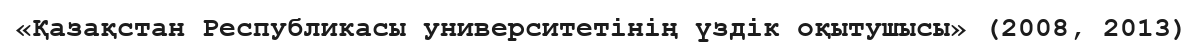
«Қазақстан Республикасы университетінің үздік оқытушысы» (2008, 2013)